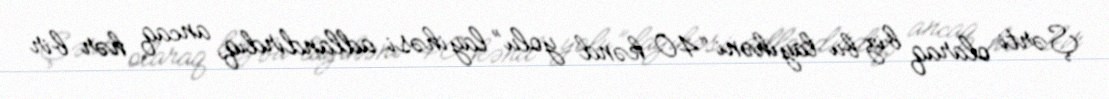
Şərti olaraq biz bu layihəni “40 kənd yolu” layihəsi adlandırdıq, ancaq hər bir